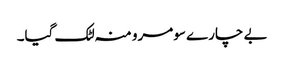
بے چارے سومرو منہ لٹک گیا۔